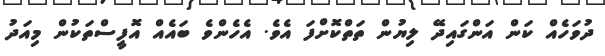
ދުވަހެއް ކަން އަންގައިދޭ ލިޔުން ތަތްކޮށްފަ އެވެ. އެހެންވެ ބައެއް އޮފީސްތަކުން މިއަދު